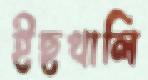
ইছখালি